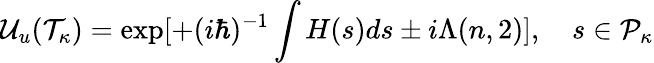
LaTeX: {\cal U}_{u}({\cal T}_{\kappa})=\exp[+(i\hbar)^{-1}\int H(s)ds\pm i\Lambda(n,2)],\quad s\in{\cal P}_{\kappa}